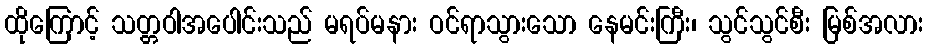
ထိုကြောင့် သတ္တဝါအပေါင်းသည် မရပ်မနား ဝင်ရာသွားသော နေမင်းကြီး၊ သွင်သွင်စီး မြစ်အလား